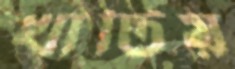
খাটিয়